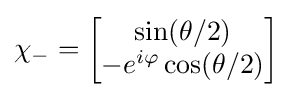
\chi _{-}={\begin{bmatrix}\sin(\theta /2)\\-e^{i\varphi }\cos(\theta /2)\\\end{bmatrix}}